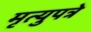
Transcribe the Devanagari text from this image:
मृत्युपत्रे